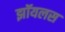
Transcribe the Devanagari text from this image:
झॉयलस